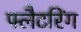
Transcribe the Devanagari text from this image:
फ्लैटरिंग